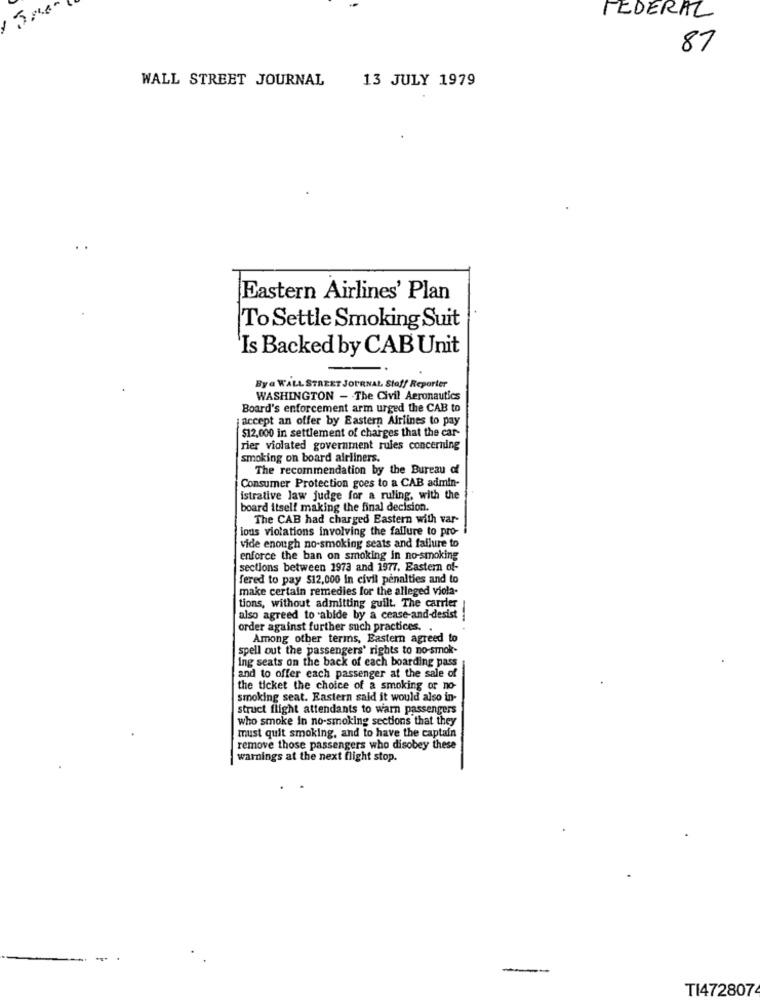
FEDERAL
87
WALL STREET JOURNAL
13 JULY 1979
Eastern Airlines' Plan
To Settle Smoking Suit
'Is Backed by CAB Unit
Bya WALL STREET JOURNAL Stoff Reporter
WASHINGTON - The Civil Aeronautics
Board's enforcement arm urged the CAB to
accept an offer by Eastern Airlines to pay
$12,000 in settlement of charges that the car-
rier violated government rules concerning
smoking on board airliners.
The recommendation by the Bureau of
Consumer Protection goes to a CAB admin-
istrative law judge for a ruling, with the
board itself making the final decision.
The CAB had charged Eastern with var-
ious violations involving the failure to pro-
vide enough no-smoking seats and failure to
enforce the ban on smoking in no-smoking
sections between 1973 and 1977, Eastern of-
fered to pay $12,000 In civil penalties and to
make certain remedies for the alleged viola-
tions, without admitting guilt. The carrier
also agreed to abide by a cease-and-desist
order against further such practices.
Among other terms, Eastern agreed to
spell out the passengers' rights to no-smok-
Ing seats on the back of each boarding pass
and to offer each passenger at the sale of
the ticket the choice of a smoking or no-
smoking seat. Eastern said it would also in-
struct flight attendants to warn passengers
who smoke In no-smoking sections that they
must quit smoking, and to have the captain
remove those passengers who disobey these
warnings at the next flight stop.
---
TI472807